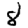
Digit: 8